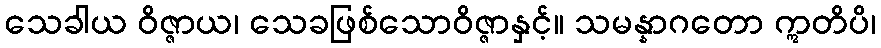
သေခါယ ဝိဇ္ဇာယ၊ သေခဖြစ်သောဝိဇ္ဇာနှင့်။ သမန္နာဂတော ဣတိပိ၊